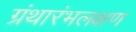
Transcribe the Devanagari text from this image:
ग्रंथारंभलक्षण